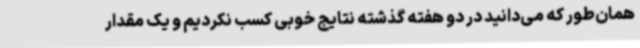
همان‌طور که می‌دانید در دو هفته گذشته نتایج خوبی کسب نکردیم و یک مقدار